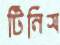
টিনিস